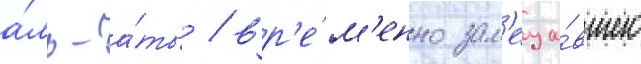
а́ль-а́ты / вр'е́м'енно зам'еща́вшего